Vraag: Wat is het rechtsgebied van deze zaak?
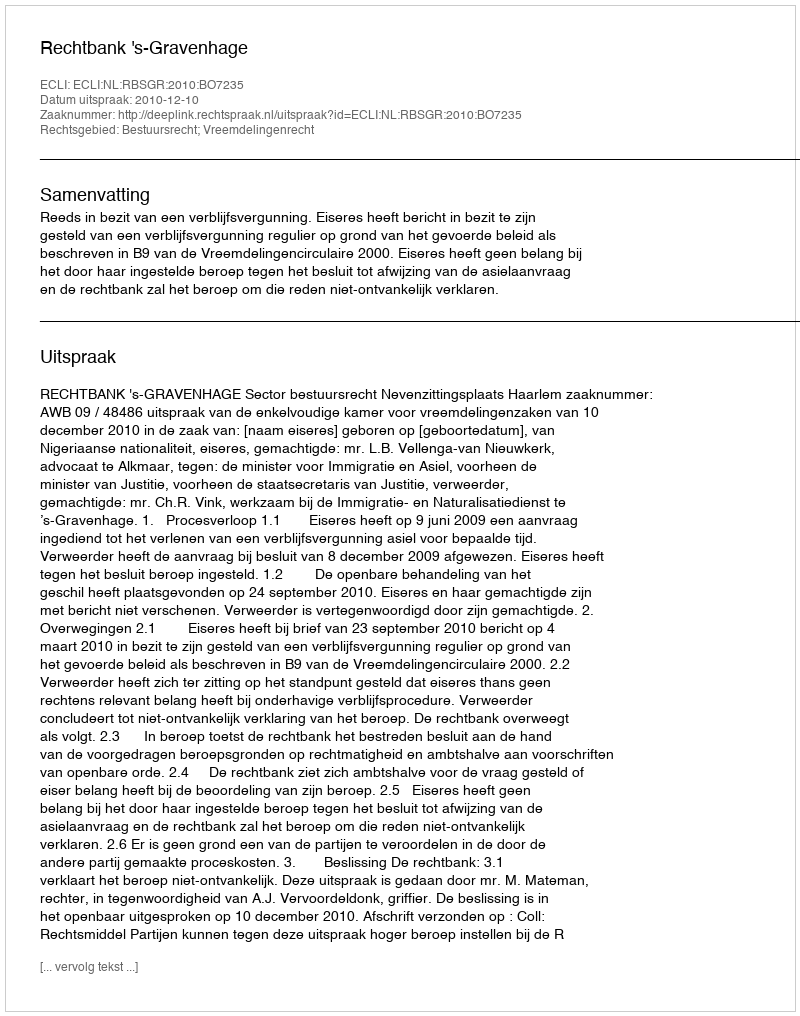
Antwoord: Bestuursrecht; Vreemdelingenrecht